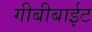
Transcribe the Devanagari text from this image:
गीबीबाईट